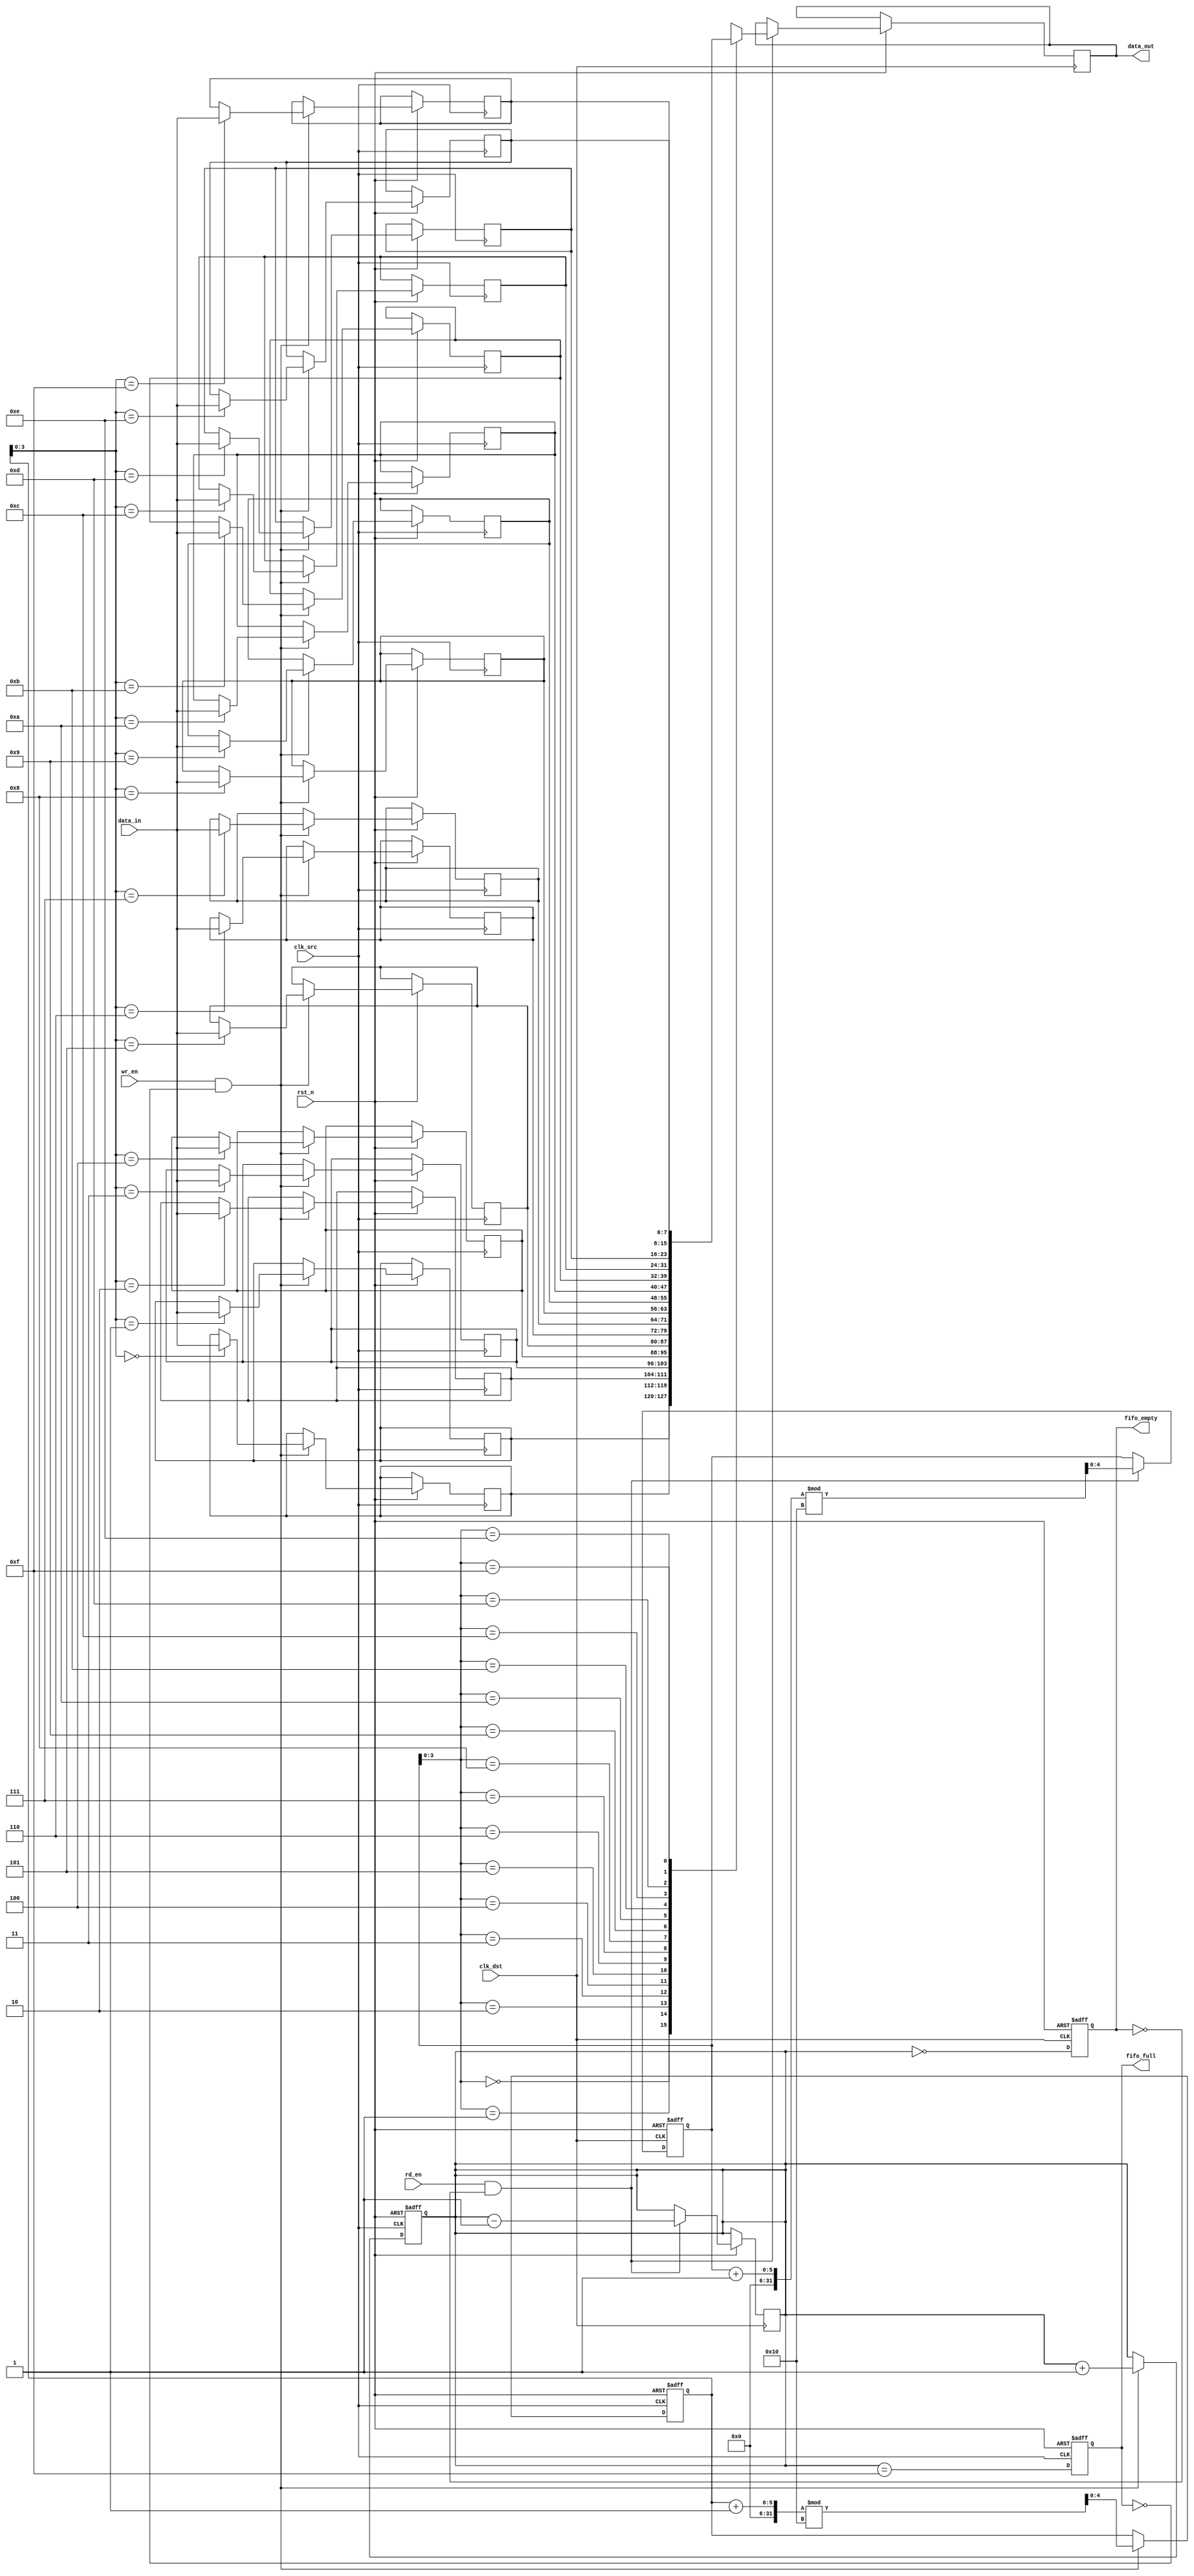
module fifo_synchronizer #(
    parameter DATA_WIDTH = 8,  // Width of the data bus
    parameter FIFO_DEPTH = 16   // Depth of the FIFO
)(
    input wire clk_src,         // Source clock
    input wire clk_dst,         // Destination clock
    input wire rst_n,           // Asynchronous reset (active low)
    input wire [DATA_WIDTH-1:0] data_in, // Data input
    input wire wr_en,           // Write enable signal
    input wire rd_en,           // Read enable signal
    output reg [DATA_WIDTH-1:0] data_out, // Data output
    output reg fifo_full,       // FIFO full flag
    output reg fifo_empty       // FIFO empty flag
);

    // FIFO memory
    reg [DATA_WIDTH-1:0] fifo_mem [0:FIFO_DEPTH-1];

    // Write and read pointers
    reg [4:0] wr_ptr; // 5 bits to address FIFO_DEPTH
    reg [4:0] rd_ptr; // 5 bits to address FIFO_DEPTH
    reg [4:0] fifo_count; // Number of items in FIFO

    // Asynchronous reset
    always @(posedge clk_src or negedge rst_n) begin
        if (!rst_n) begin
            wr_ptr <= 0;
            fifo_count <= 0;
            fifo_full <= 0;
        end else begin
            if (wr_en && !fifo_full) begin
                fifo_mem[wr_ptr] <= data_in; // Write data to FIFO
                wr_ptr <= (wr_ptr + 1) % FIFO_DEPTH; // Increment write pointer
                fifo_count <= fifo_count + 1; // Increment count
            end
            fifo_full <= (fifo_count == FIFO_DEPTH - 1);
        end
    end

    // Read logic
    always @(posedge clk_dst or negedge rst_n) begin
        if (!rst_n) begin
            rd_ptr <= 0;
            fifo_empty <= 1;
        end else begin
            if (rd_en && !fifo_empty) begin
                data_out <= fifo_mem[rd_ptr]; // Read data from FIFO
                rd_ptr <= (rd_ptr + 1) % FIFO_DEPTH; // Increment read pointer
                fifo_count <= fifo_count - 1; // Decrement count
            end
            fifo_empty <= (fifo_count == 0);
        end
    end

endmodule